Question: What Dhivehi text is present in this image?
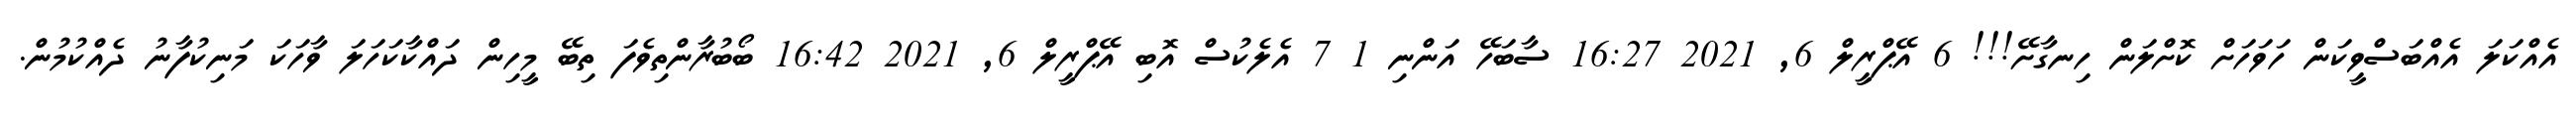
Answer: އެއްކަލަ އެއްބަސްވީކަން ހަވަހަށް ކޮށްލަން ހިނގާށޭ!!! 6 އޭޕްރީލް 6, 2021 16:27 ސާބަހޭ އަންނި 1 7 އެލެކުސް އޮބި އޭޕްރީލް 6, 2021 16:42 ބޯބުރާންތިވެފަ ތިބޭ މީހިން ދައްކާކަހަލަ ވާހަކަ މަނިކުފާނު ދެއްކުމުން.